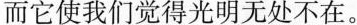
而它使我们觉得光明无处不在。